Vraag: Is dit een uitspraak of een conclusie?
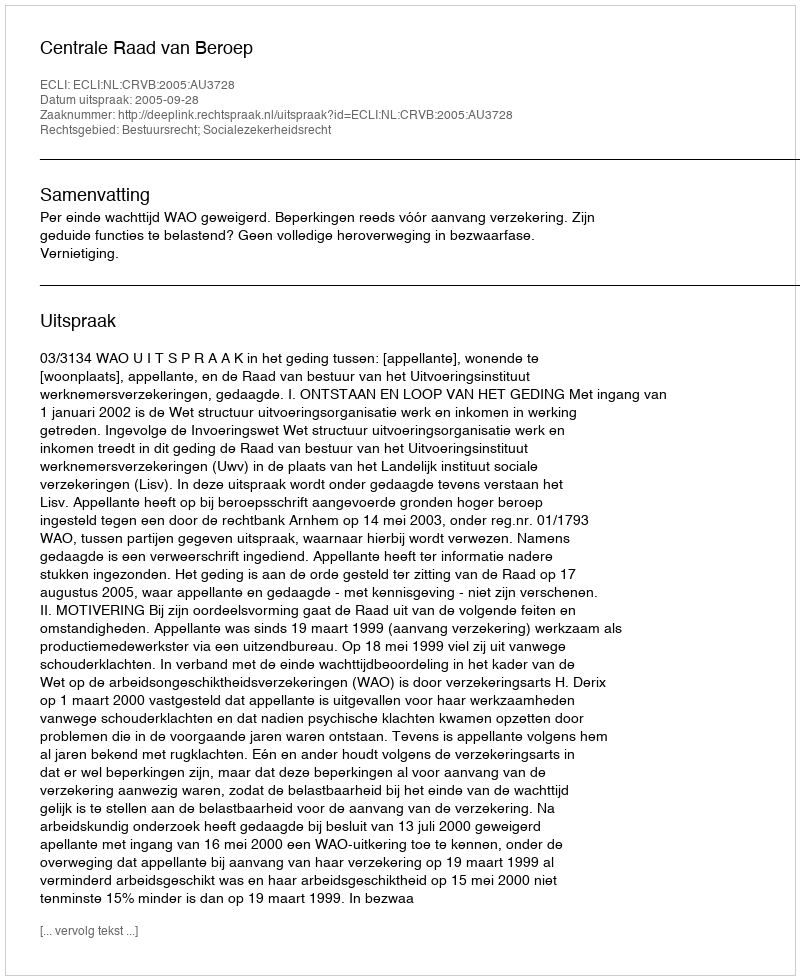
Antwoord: Uitspraak